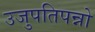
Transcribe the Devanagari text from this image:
उजुपतिपन्नो